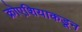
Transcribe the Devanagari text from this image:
क्रोएशियाकडून